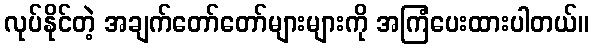
လုပ်နိုင်တဲ့ အချက်တော်တော်များများကို အကြံပေးထားပါတယ်။